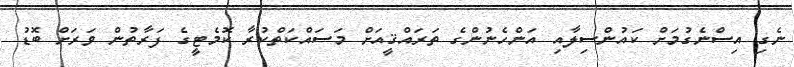
ނެގި އިސްނެގުމަށް ކައުންސިލާއި އަންހެނުންގެ ތަރައްޤީއަށް މަސައްކަތްކުރާ ކޮމެޓީގެ ފަރާތުން ވަރަށް ބޮޑު